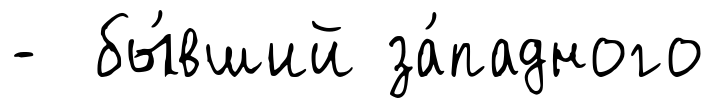
- бы́вший за́падного